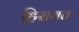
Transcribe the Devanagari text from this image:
हिरावत